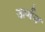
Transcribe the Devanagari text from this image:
ऊर्णन